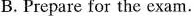
B.Prepare for the exam.